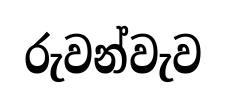
රුවන්වැව